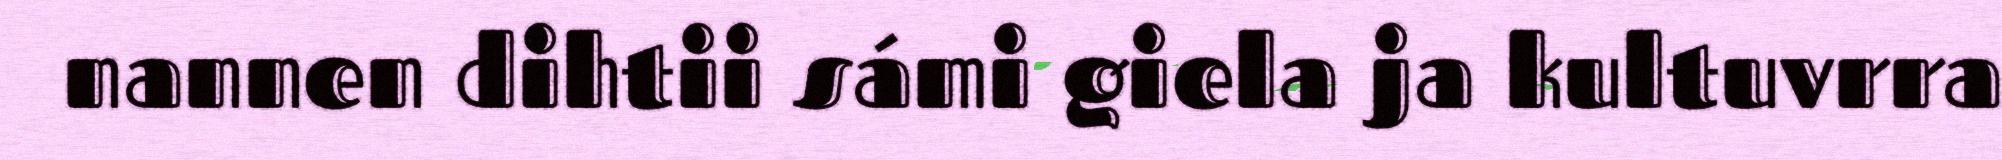
nannen dihtii sámi giela ja kultuvrra